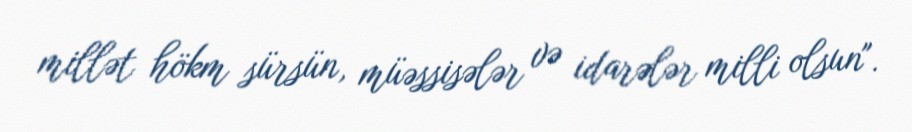
millət hökm sürsün, müəssisələr və idarələr milli olsun".